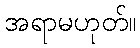
အရာမဟုတ်။